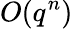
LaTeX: O(q^{n})